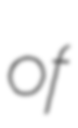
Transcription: of